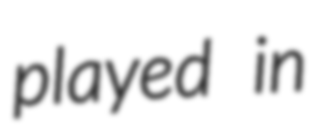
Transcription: played in